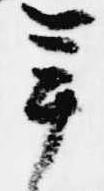
年